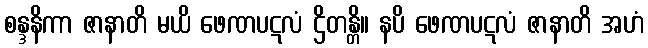
စန္ဒနိကာ ဇာနာတိ မယိ ဖေဏပဋလံ ဌိတန္တိ။ နပိ ဖေဏပဋလံ ဇာနာတိ အဟံ